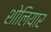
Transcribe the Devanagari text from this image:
शोलियार